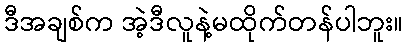
ဒီအချစ်က အဲ့ဒီလူနဲ့မထိုက်တန်ပါဘူး။